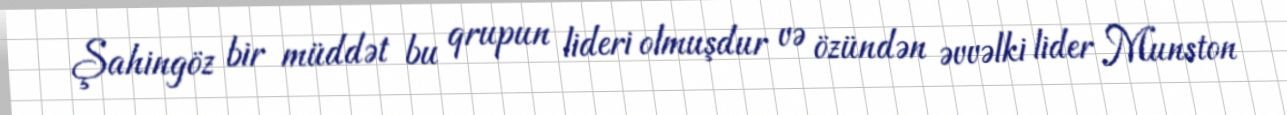
Şahingöz bir müddət bu qrupun lideri olmuşdur və özündən əvvəlki lider Munston